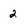
Character: 2